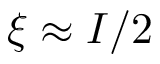
\xi \approx I / 2